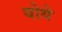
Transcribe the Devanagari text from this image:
योथे